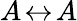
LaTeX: A\! \leftrightarrow\! A